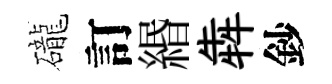
礲訂緡犇鈔